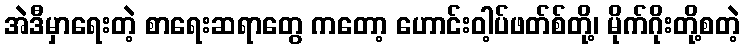
အဲဒီမှာရေးတဲ့ စာရေးဆရာတွေ ကတော့ ဟောင်းဝါ့ပ်ဖတ်စ်တို့၊ မိုက်ဂိုးတို့စတဲ့